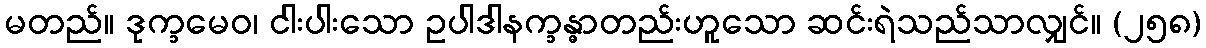
မတည်။ ဒုက္ခမေဝ၊ ငါးပါးသော ဥပါဒါနက္ခန္ဓာတည်းဟူသော ဆင်းရဲသည်သာလျှင်။ (၂၅၈)